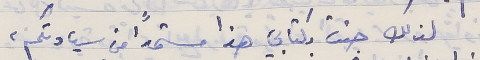
لذلك جئت بكتابي هذا مستمدًا من سيادتكم،